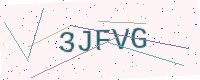
Text: 3JFVG